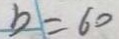
b = 6 0